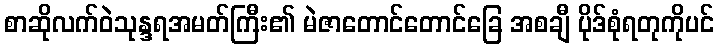
စာဆိုလက်ဝဲသုန္ဒရအမတ်ကြီး၏ မဲဇာတောင်တောင်ခြေ အစချီ ပိုဒ်စုံရတုကိုပင်